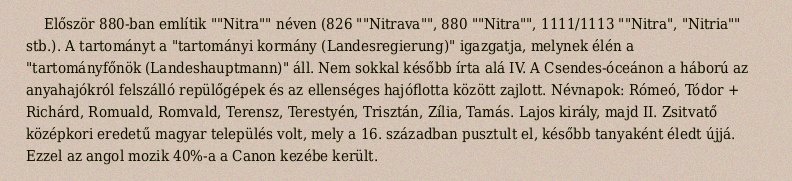
Először 880-ban említik ""Nitra"" néven (826 ""Nitrava"", 880 ""Nitra"", 1111/1113 ""Nitra", "Nitria"" stb.). A tartományt a "tartományi kormány (Landesregierung)" igazgatja, melynek élén a "tartományfőnök (Landeshauptmann)" áll. Nem sokkal később írta alá IV. A Csendes-óceánon a háború az anyahajókról felszálló repülőgépek és az ellenséges hajóflotta között zajlott. Névnapok: Rómeó, Tódor + Richárd, Romuald, Romvald, Terensz, Terestyén, Trisztán, Zília, Tamás. Lajos király, majd II. Zsitvatő középkori eredetű magyar település volt, mely a 16. században pusztult el, később tanyaként éledt újjá. Ezzel az angol mozik 40%-a a Canon kezébe került.